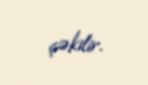
çəkilir.